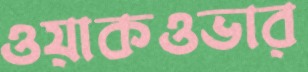
ওয়াকওভার